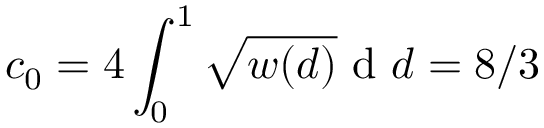
c _ { 0 } = 4 \int _ { 0 } ^ { 1 } { \sqrt { w ( d ) } \mathrm { ~ d ~ } d } = 8 / 3